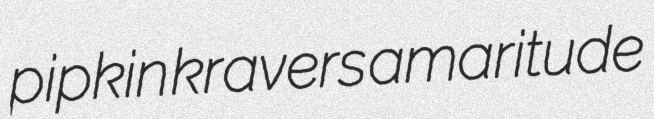
pipkin kravers amaritude